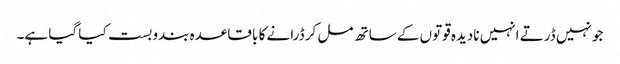
جو نہیں ڈرتے انہیں نادیدہ قوتوں کے ساتھ مل کر ڈرانے کا با قاعدہ بندوبست کیا گیا ہے۔